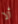
ألا